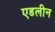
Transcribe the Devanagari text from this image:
एडलीन